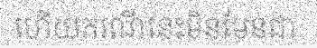
ហើយករណីនេះមិនមែនជា